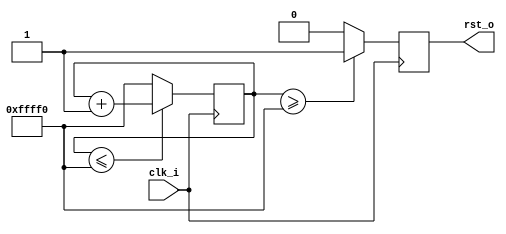
`timescale 1ns / 1ps
//////////////////////////////////////////////////////////////////////////////////
// Company: 
// Engineer: 
// 
// Design Name: 
// Module Name: count_reset
// Project Name: 
// Target Devices: 
// Tool Versions: 
// Description: 
// 
// Dependencies: 
// 
// Revision:
// Revision 0.01 - File Created
// Additional Comments:
// 
//////////////////////////////////////////////////////////////////////////////////


module count_reset#
	(
	parameter[19:0]num = 20'hffff0
	)(
	input clk_i,
	output rst_o
	);

	reg[19:0] cnt = 20'd0;
	reg rst_d0;
	
	/*count for clock*/
	always@(posedge clk_i) begin
		cnt <= ( cnt <= num)?( cnt + 20'd1 ):num;
	end

	/*generate output signal*/
	always@(posedge clk_i) begin
		rst_d0 <= ( cnt >= num)?1'b1:1'b0;
	end

	assign rst_o = rst_d0;

endmodule